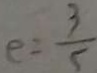
e = \frac { 3 } { 5 }